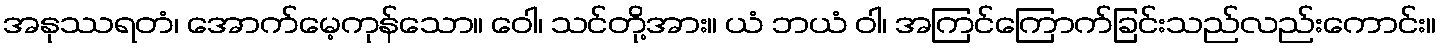
အနုဿရတံ၊ အောက်မေ့ကုန်သော။ ဝေါ၊ သင်တို့အား။ ယံ ဘယံ ဝါ၊ အကြင်ကြောက်ခြင်းသည်လည်းကောင်း။